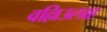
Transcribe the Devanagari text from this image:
वल्लिउलाह